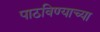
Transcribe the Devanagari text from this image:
पाठविण्याच्या